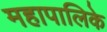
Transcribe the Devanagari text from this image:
महापालिके